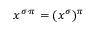
x ^ { \sigma \cdot \pi } = ( x ^ { \sigma } ) ^ { \pi }